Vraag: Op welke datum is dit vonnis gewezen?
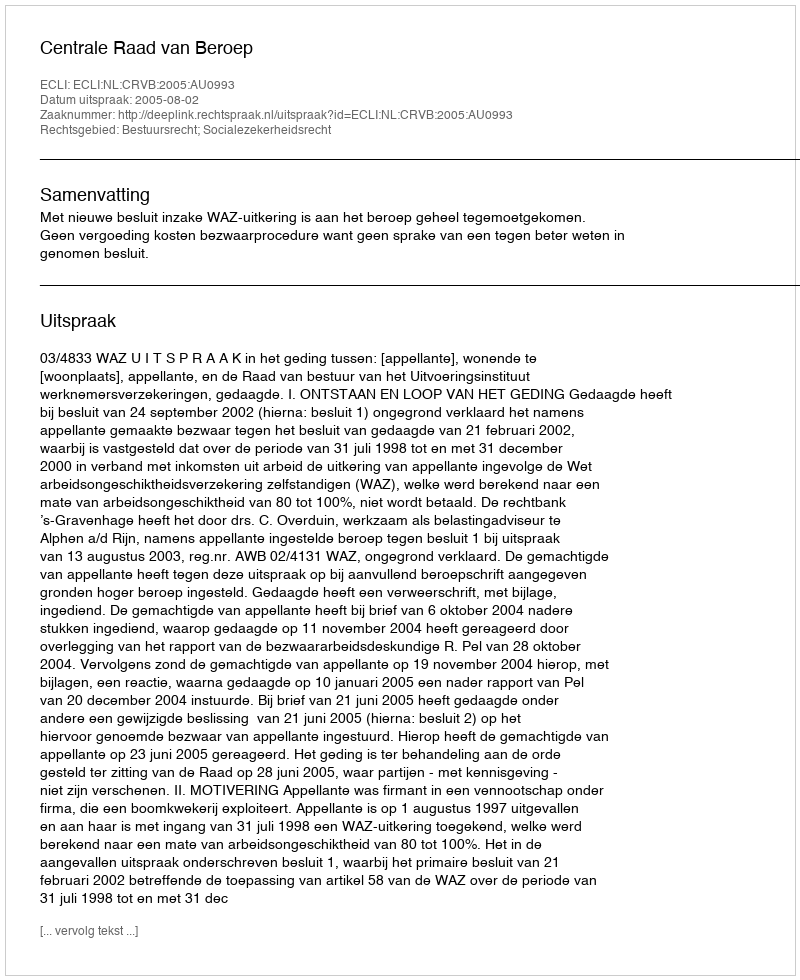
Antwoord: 2005-08-02